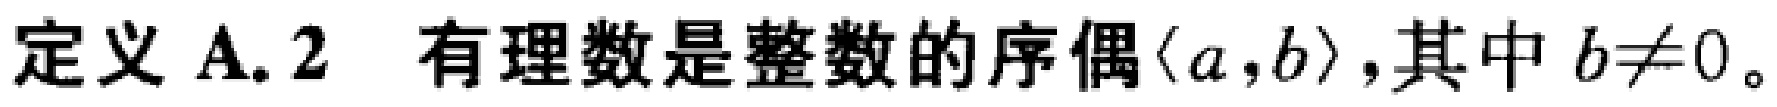
定义 A.2 有理数是整数的序偶$\langle a,b\rangle$,其中 $b\neq 0$。